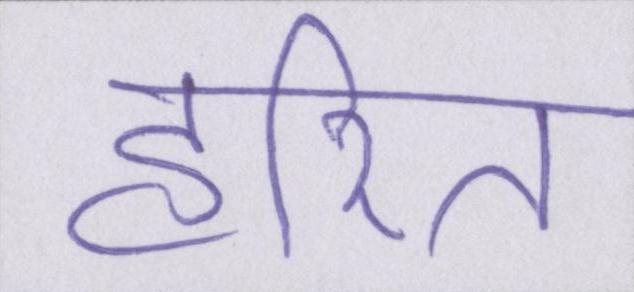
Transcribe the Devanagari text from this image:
हरित